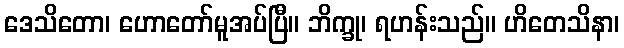
ဒေသိတော၊ ဟောတော်မူအပ်ပြီ။ ဘိက္ခု၊ ရဟန်းသည်။ ဟိတေသိနာ၊